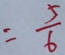
= \frac { 5 } { 6 }